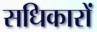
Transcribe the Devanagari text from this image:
सधिकारों